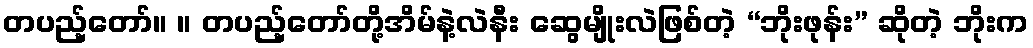
တပည့်တော်။ ။ တပည့်တော်တို့အိမ်နဲ့လဲနီး ဆွေမျိုးလဲဖြစ်တဲ့ “ဘိုးဖုန်း” ဆိုတဲ့ ဘိုးက